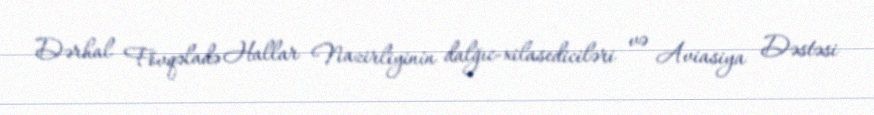
Dərhal Fövqəladə Hallar Nazirliyinin dalğıc-xilasediciləri və Aviasiya Dəstəsi